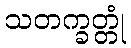
သတက္ခတ္တုံ